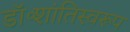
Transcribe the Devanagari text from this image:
डॉ॰शांतिस्वरूप